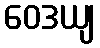
ဝေဒယျ